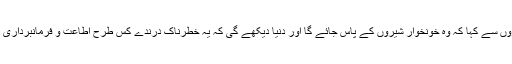
اس نے اپنے پیروکاروں سے کہا کہ وہ خونخوار شیروں کے پاس جائے گا اور دنیا دیکھے گی کہ یہ خطرناک درندے کس طرح اطاعت و فرمانبرداری کا مظاہرہ کرتے ہیں۔